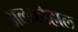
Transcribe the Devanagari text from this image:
अलकोहाल